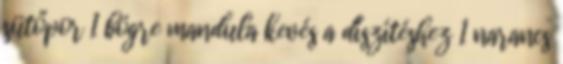
sütőpor 1 bögre mandula kevés a díszítéshez 1 narancs